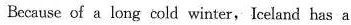
Because of a long cold winter, Iceland has a